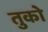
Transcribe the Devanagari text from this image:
तुको